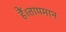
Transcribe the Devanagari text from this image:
हैं।तापमान